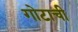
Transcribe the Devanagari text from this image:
गोटाची